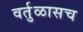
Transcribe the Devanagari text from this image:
वर्तुळासच